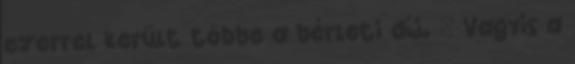
ezerrel került többe a bérleti díj. " Vagyis a